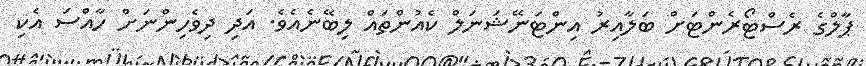
ޕާލްގެ ރެސްޓޯރެންޓަށް ބަލާއިރު އިންޓަނޭޝަނަލް ކެއުންތައް ލިބޭނެއެވެ. އަދި ދިވެހިންނަށް ހާއްސަ އެކި